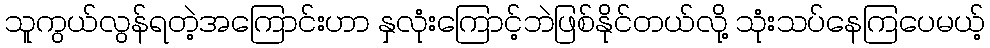
သူကွယ်လွန်ရတဲ့အကြောင်းဟာ နှလုံးကြောင့်ဘဲဖြစ်နိုင်တယ်လို့ သုံးသပ်နေကြပေမယ့်